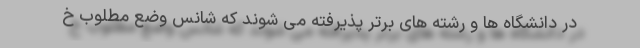
در دانشگاه ها و رشته های برتر پذیرفته می شوند که شانس وضع مطلوب خ